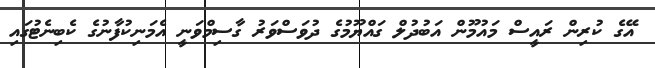
އޭގެ ކުރިން ރައީސް މައުމޫން އަބުދުލް ގައްޔޫމުގެ ދުވަސްވަރު ގާސިމްވަނީ އެމަނިކުފާނުގެ ކެބިނެޓުގައި